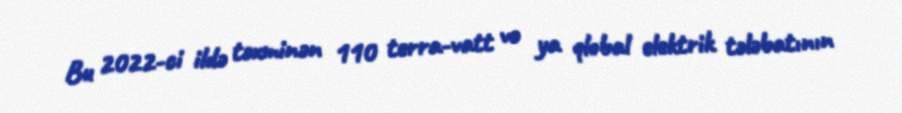
Bu 2022-ci ildə təxminən 110 terra-vatt və ya qlobal elektrik tələbatının